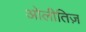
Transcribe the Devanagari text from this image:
ओलीतिज़